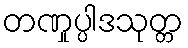
တဏှုပ္ပါဒသုတ္တ